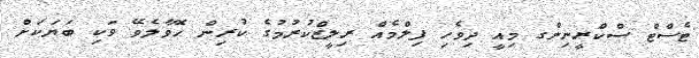
ޓެސްޓް ސްކްރީނިންގ މިއީ ދިވެހި ފިލްމެއް ރިލީޒްކުރުމުގެ ކުރިން ހޮވާލެވޭ ވަކި ބަޔަކަށް